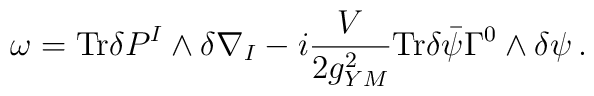
\omega = {\rm Tr} \delta P^{I}\wedge \delta \nabla_{I}-i\frac{V}{2g_{YM}^{2}}{\rm Tr}\delta \bar \psi \Gamma^{0} \wedge \delta \psi \, .